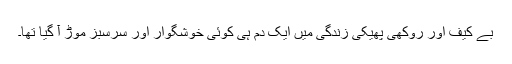
بے کیف اور روکھی پھیکی زندگی میں ایک دم ہی کوئی خوشگوار اور سرسبز موڑ آ گیا تھا۔